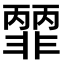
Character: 𩇽